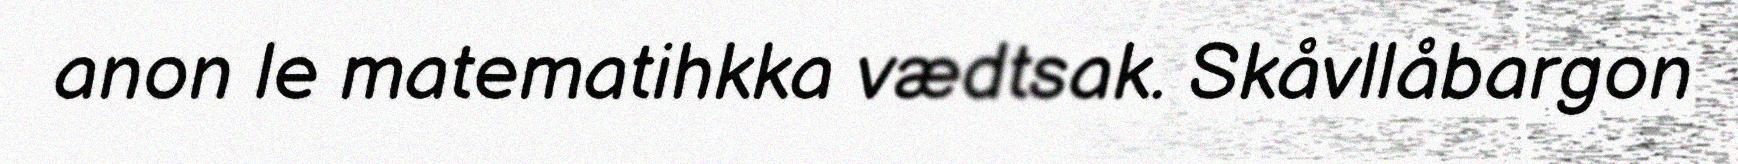
anon le matematihkka vædtsak. Skåvllåbargon